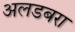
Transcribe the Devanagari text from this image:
अलडबरा